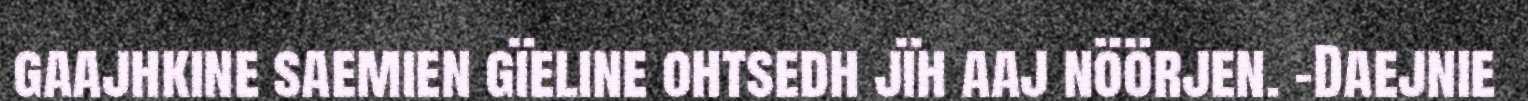
gaajhkine saemien gïeline ohtsedh jïh aaj nöörjen. -Daejnie